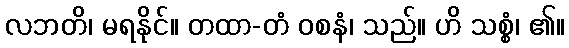
လဘတိ၊ မရနိုင်။ တထာ-တံ ဝစနံ၊ သည်။ ဟိ သစ္စံ၊ ၏။